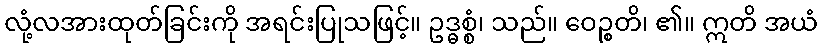
လုံ့လအားထုတ်ခြင်းကို အရင်းပြုသဖြင့်။ ဥဒ္ဓစ္စံ၊ သည်။ ဝေဉ္စတိ၊ ၏။ ဣတိ အယံ